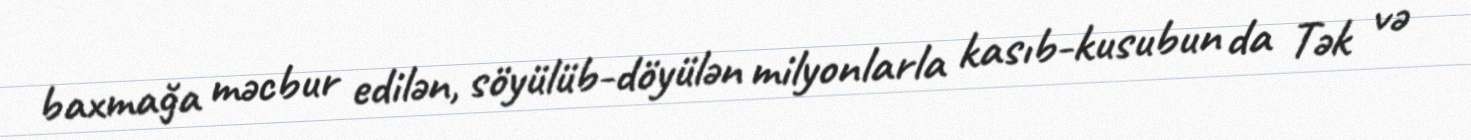
baxmağa məcbur edilən, söyülüb-döyülən milyonlarla kasıb-kusubun da Tək və